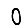
Digit: 0